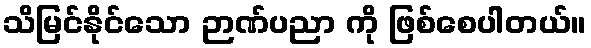
သိမြင်နိုင်သော ဉာဏ်ပညာ ကို ဖြစ်စေပါတယ်။